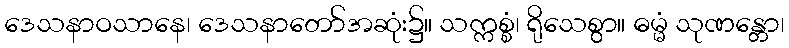
ဒေသနာဝသာနေ၊ ဒေသနာတော်အဆုံး၌။ သက္ကစ္စံ၊ ရိုသေစွာ။ ဓမ္မံ သုဏန္တော၊